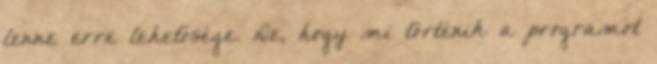
lenne erre lehetősége. De, hogy mi történik a programot